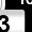
Digit: 3